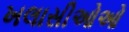
ખલાસીઓઓ